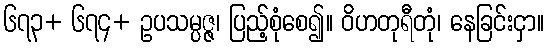
၆၇၃+ ၆၇၄+ ဥပသမ္ပဇ္ဇ၊ ပြည့်စုံစေ၍။ ဝိဟတုရီတုံ၊ နေခြင်းငှာ။